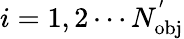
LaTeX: i=1,2\cdots N_{\mathrm{{obj}}}^{'}